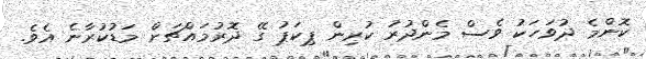
ކޮންމެ ދުވަހަކު ވެސް މެންދުރު ކުރިން ޕިކަޕު ގޭ ދޮރުމައްޗަށް މަޑުކުރާނެ އެވެ.